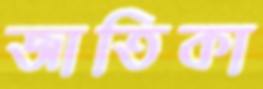
জাতিকা